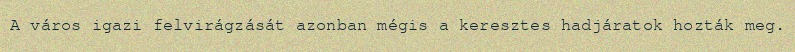
A város igazi felvirágzását azonban mégis a keresztes hadjáratok hozták meg.